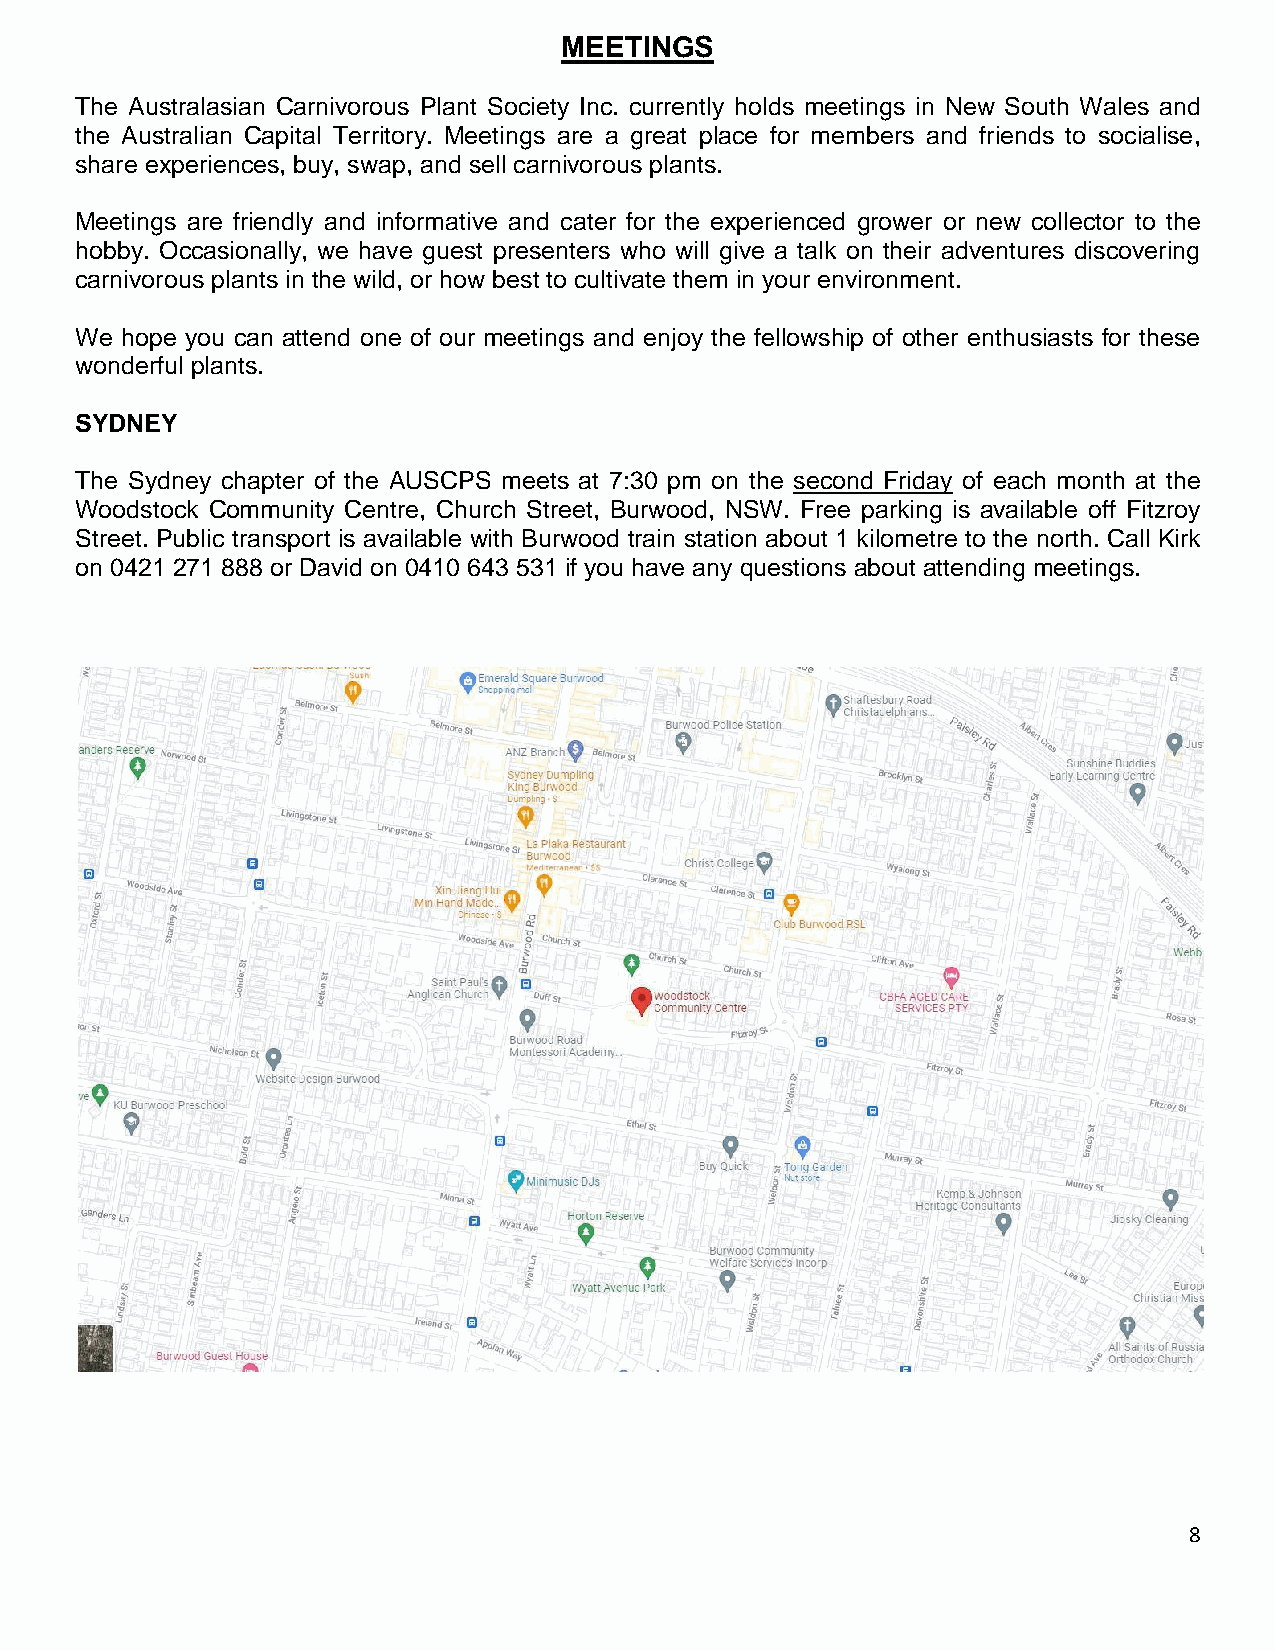
MEETINGS
 The Australasian Carnivorous Plant Society Inc. currently holds meetings in New South Wales and
 the Australian Capital Territory. Meetings are a great place for members and friends to socialise,
 share experiences, buy, swap, and sell carnivorous plants.
 Meetings are friendly and informative and cater for the experienced grower or new collector to the
 hobby. Occasionally, we have guest presenters who will give a talk on their adventures discovering
 carnivorous plants in the wild, or how best to cultivate them in your environment.
 We hope you can attend one of our meetings and enjoy the fellowship of other enthusiasts for these
 wonderful plants.
 SYDNEY
 The Sydney chapter of the AUSCPS meets at 7:30 pm on the second Friday of each month at the
 Woodstock Community Centre, Church Street, Burwood, NSW. Free parking is available off Fitzroy
 Street. Public transport is available with Burwood train station about 1 kilometre to the north. Call Kirk
 on 0421 271 888 or David on 0410 643 531 if you have any questions about attending meetings.
 8